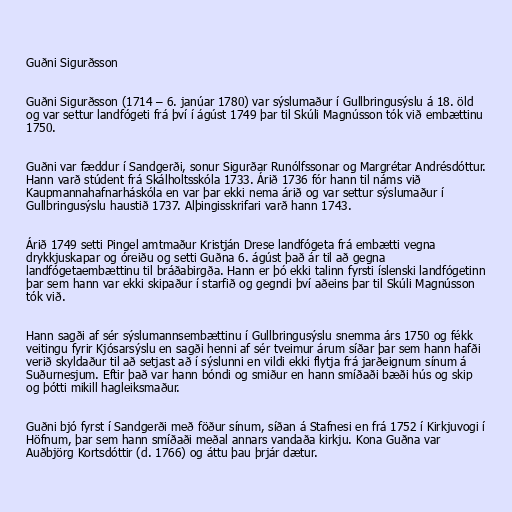
Guðni Sigurðsson

Guðni Sigurðsson (1714 – 6. janúar 1780) var sýslumaður í Gullbringusýslu á 18. öld
og var settur landfógeti frá því í ágúst 1749 þar til Skúli Magnússon tók við embættinu
1750.

Guðni var fæddur í Sandgerði, sonur Sigurðar Runólfssonar og Margrétar Andrésdóttur.
Hann varð stúdent frá Skálholtsskóla 1733. Árið 1736 fór hann til náms við
Kaupmannahafnarháskóla en var þar ekki nema árið og var settur sýslumaður í
Gullbringusýslu haustið 1737. Alþingisskrifari varð hann 1743.

Árið 1749 setti Pingel amtmaður Kristján Drese landfógeta frá embætti vegna
drykkjuskapar og óreiðu og setti Guðna 6. ágúst það ár til að gegna
landfógetaembættinu til bráðabirgða. Hann er þó ekki talinn fyrsti íslenski landfógetinn
þar sem hann var ekki skipaður í starfið og gegndi því aðeins þar til Skúli Magnússon
tók við.

Hann sagði af sér sýslumannsembættinu í Gullbringusýslu snemma árs 1750 og fékk
veitingu fyrir Kjósarsýslu en sagði henni af sér tveimur árum síðar þar sem hann hafði
verið skyldaður til að setjast að í sýslunni en vildi ekki flytja frá jarðeignum sínum á
Suðurnesjum. Eftir það var hann bóndi og smiður en hann smíðaði bæði hús og skip
og þótti mikill hagleiksmaður.

Guðni bjó fyrst í Sandgerði með föður sínum, síðan á Stafnesi en frá 1752 í Kirkjuvogi í
Höfnum, þar sem hann smíðaði meðal annars vandaða kirkju. Kona Guðna var
Auðbjörg Kortsdóttir (d. 1766) og áttu þau þrjár dætur.